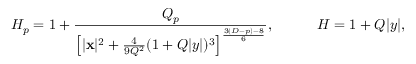
H _ { p } = 1 + { \frac { Q _ { p } } { \left[ | { \bf x } | ^ { 2 } + { \frac { 4 } { 9 Q ^ { 2 } } } ( 1 + Q | y | ) ^ { 3 } \right] ^ { \frac { 3 ( D - p ) - 8 } { 6 } } } } , \ \ \ \ \ \ \ \ \ H = 1 + Q | y | ,